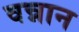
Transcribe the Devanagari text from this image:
वन्नान